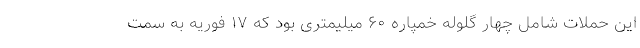
این حملات شامل چهار گلوله خمپاره ۶۰ میلیمتری بود که ۱۷ فوریه به سمت